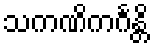
သကဏိကင်္ဂန္တိ